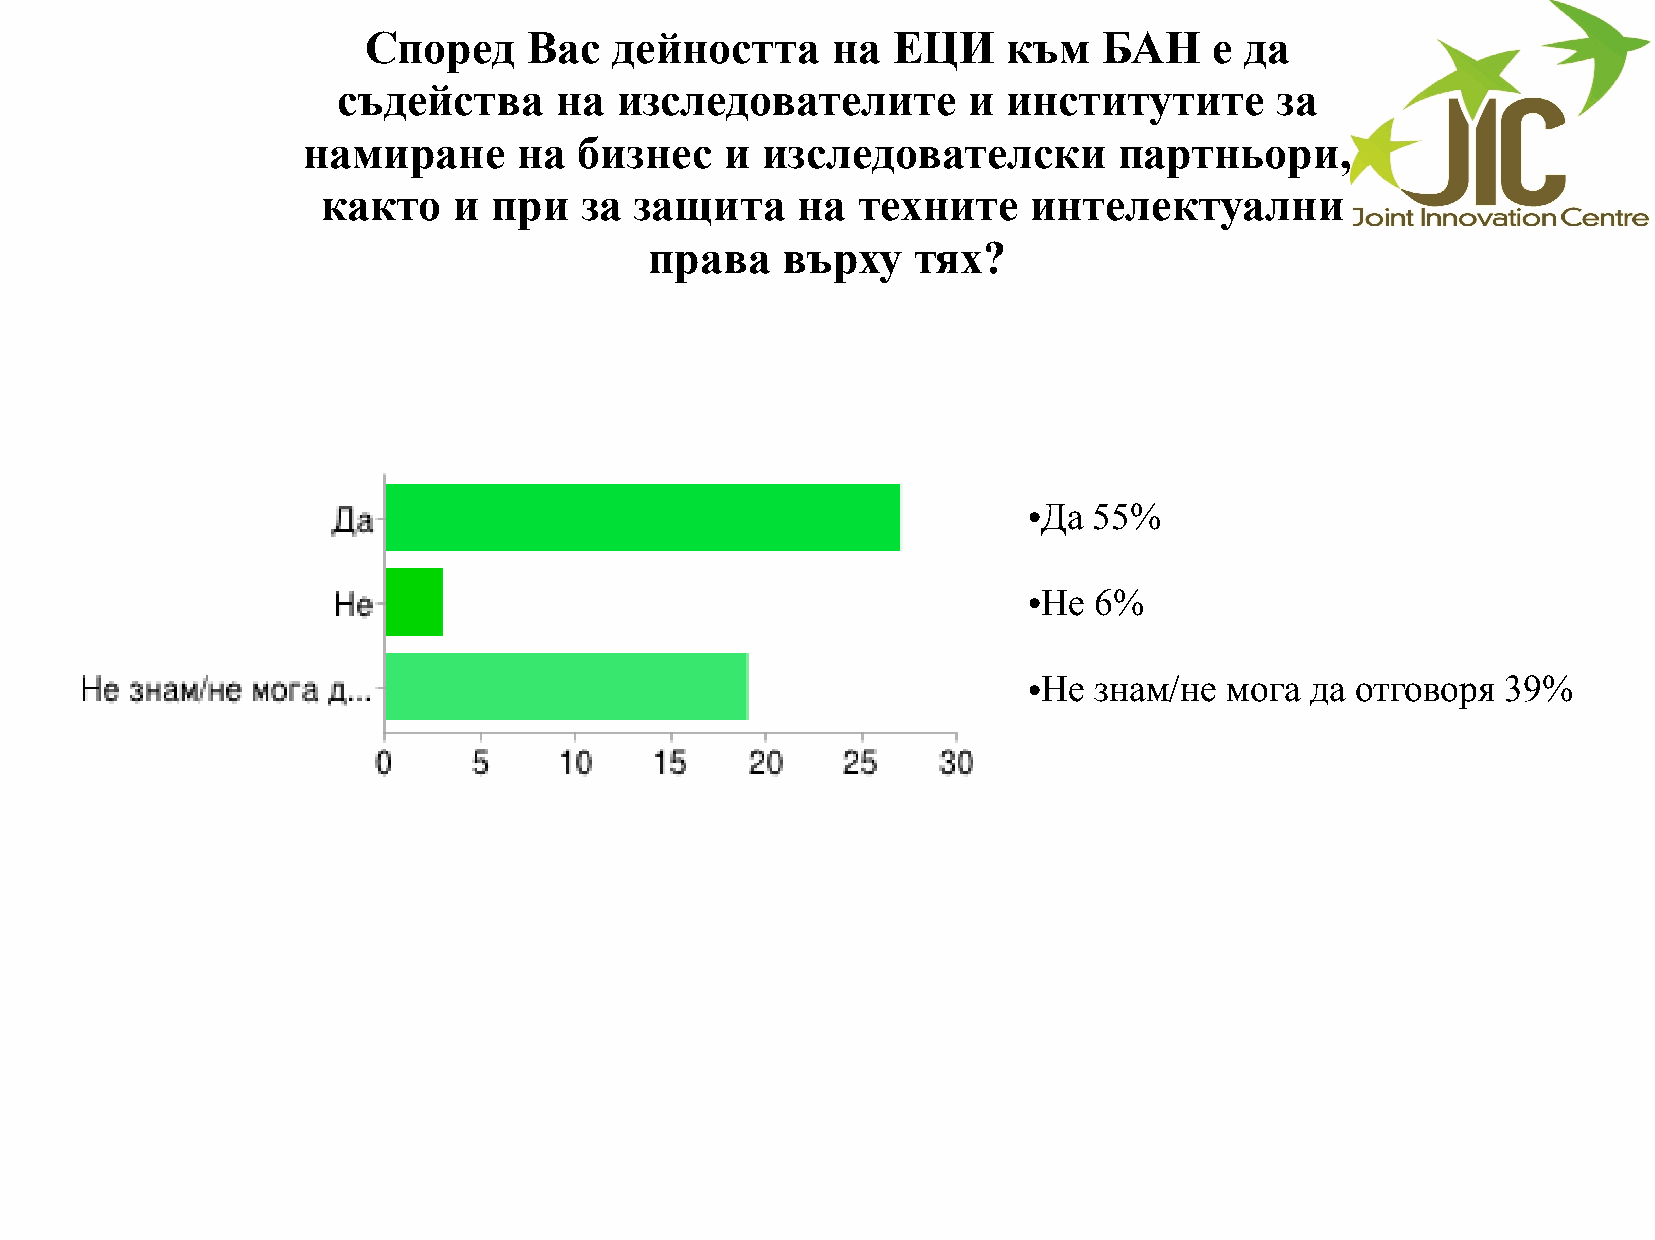
Според     Вас   дейността     на  ЕЦИ     към   БАН    е да
 съдейства      на  изследователите        и  институтите      за
 намиране      на  бизнес    и изследователски         партньори,
 както    и при   за  защита     на  техните    интелектуални
 права    върху   тях?
 Да 55%
 ●
 Не 6%
 ●
 Не знам/не  мога  да отговоря  39%
 ●